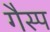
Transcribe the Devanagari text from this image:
गैस्प